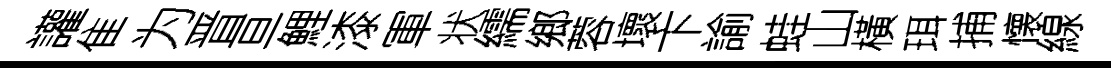
讙隹为晋亘鯉漆軍状繻鄉蓉壞卞諭蛙山橫珥捕懐線